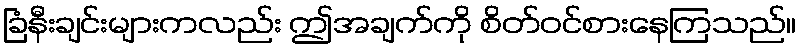
ခြံနီးချင်းများကလည်း ဤအချက်ကို စိတ်ဝင်စားနေကြသည်။